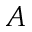
\boldsymbol { A }